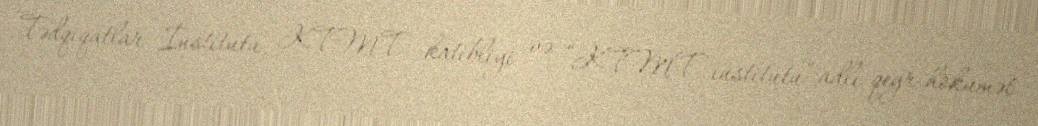
Tədqiqatlar İnstitutu, KTMT katibliyi və “KTMT institutu” adlı qeyr-hökumət